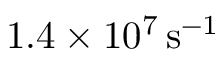
1 . 4 \times 1 0 ^ { 7 } \, \mathrm { s ^ { - 1 } }